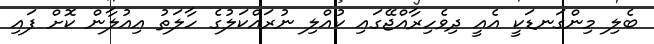
ބެލި މިންގަނޑަކީ އެއީ ދިވެހިރާއްޖޭގައި ކުއްލި ނުރައްކަލުގެ ހާލަތު އިއުލާން ކޮށް ފައި